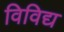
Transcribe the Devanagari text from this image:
विविद्य